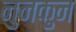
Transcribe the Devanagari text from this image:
नुनकुन